Insane asylums in Bengal annual reports 1876-1887 - 1876-1887
Year: 1876
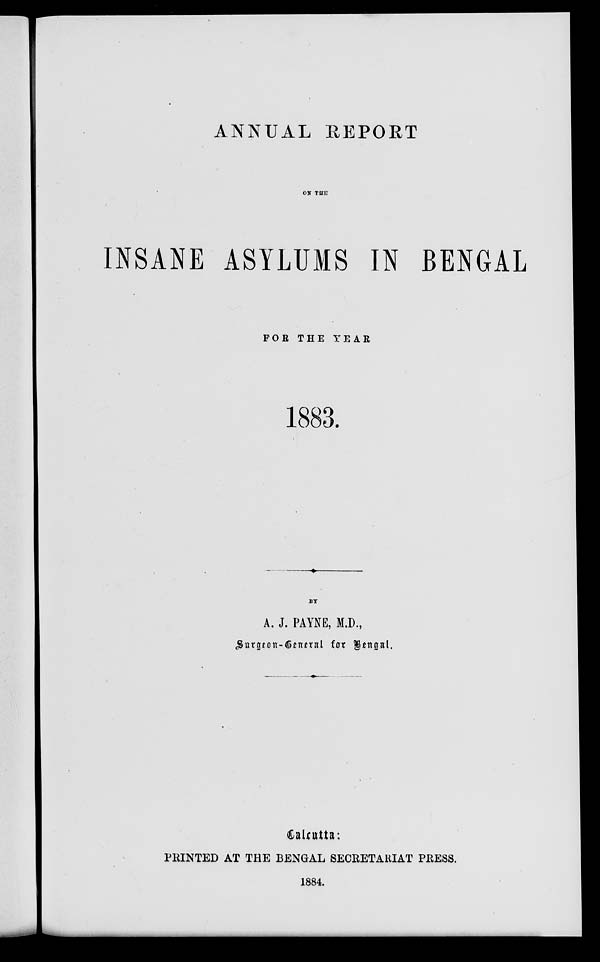
ANNUAL REPORT
ON THE
INSANE ASYLUMS IN BENGAL
FOR THE YEAR
1883.
BY
A. J. PAYNE, M.D.,
Surgeon—General for Bengal.
Calcutta:
PRINTED AT THE BENGAL SECRETARIAT PRESS.
1884.